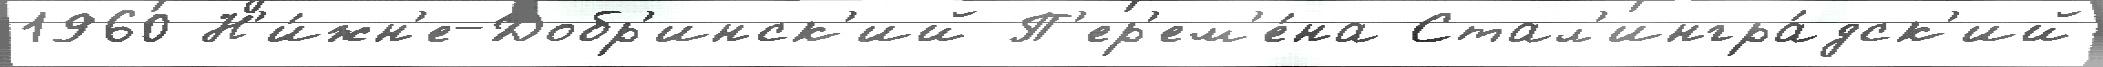
1960 Н'и́жн'е-Добр'инск'ий П'ер'ем'е́на Стал'ингра́дск'ий